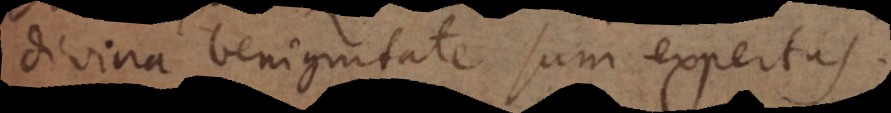
divina benignitate sum expertus.